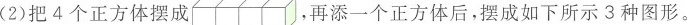
(2)把4个正方体摆成 ，再添一个正方体后，摆成如下所示3种图形。